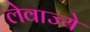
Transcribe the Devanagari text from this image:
लेवाज्ये